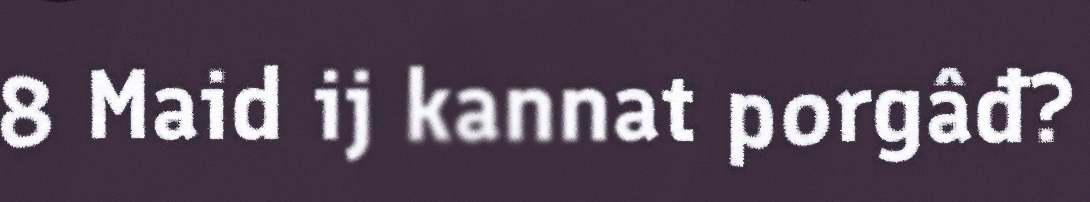
8 Maid ij kannat porgâđ?